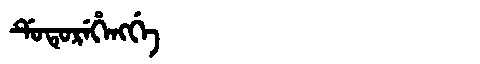
Manchu: ᡩᡠᡨᡠᡵᡝᡥᡝᠩᡤᡝ
Romanization: DUTUREHENGGE